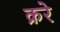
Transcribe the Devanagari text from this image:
क्ररे